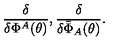
\frac { \delta } { \delta \Phi ^ { A } ( \theta ) } , \frac { \delta } { \delta \bar { \Phi } _ { A } ( \theta ) } .